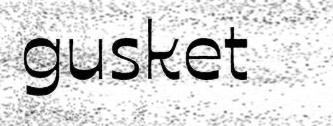
gusket